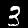
Digit: 3